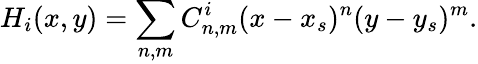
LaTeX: H_{i}(x,y)=\sum_{n,m}C_{n,m}^{i}(x-x_{s})^{n}(y-y_{s})^{m}.